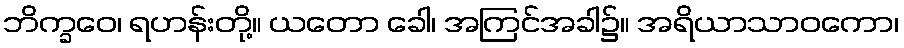
ဘိက္ခဝေ၊ ရဟန်းတို့။ ယတော ခေါ၊ အကြင်အခါ၌။ အရိယာသာဝကော၊